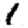
Digit: 1